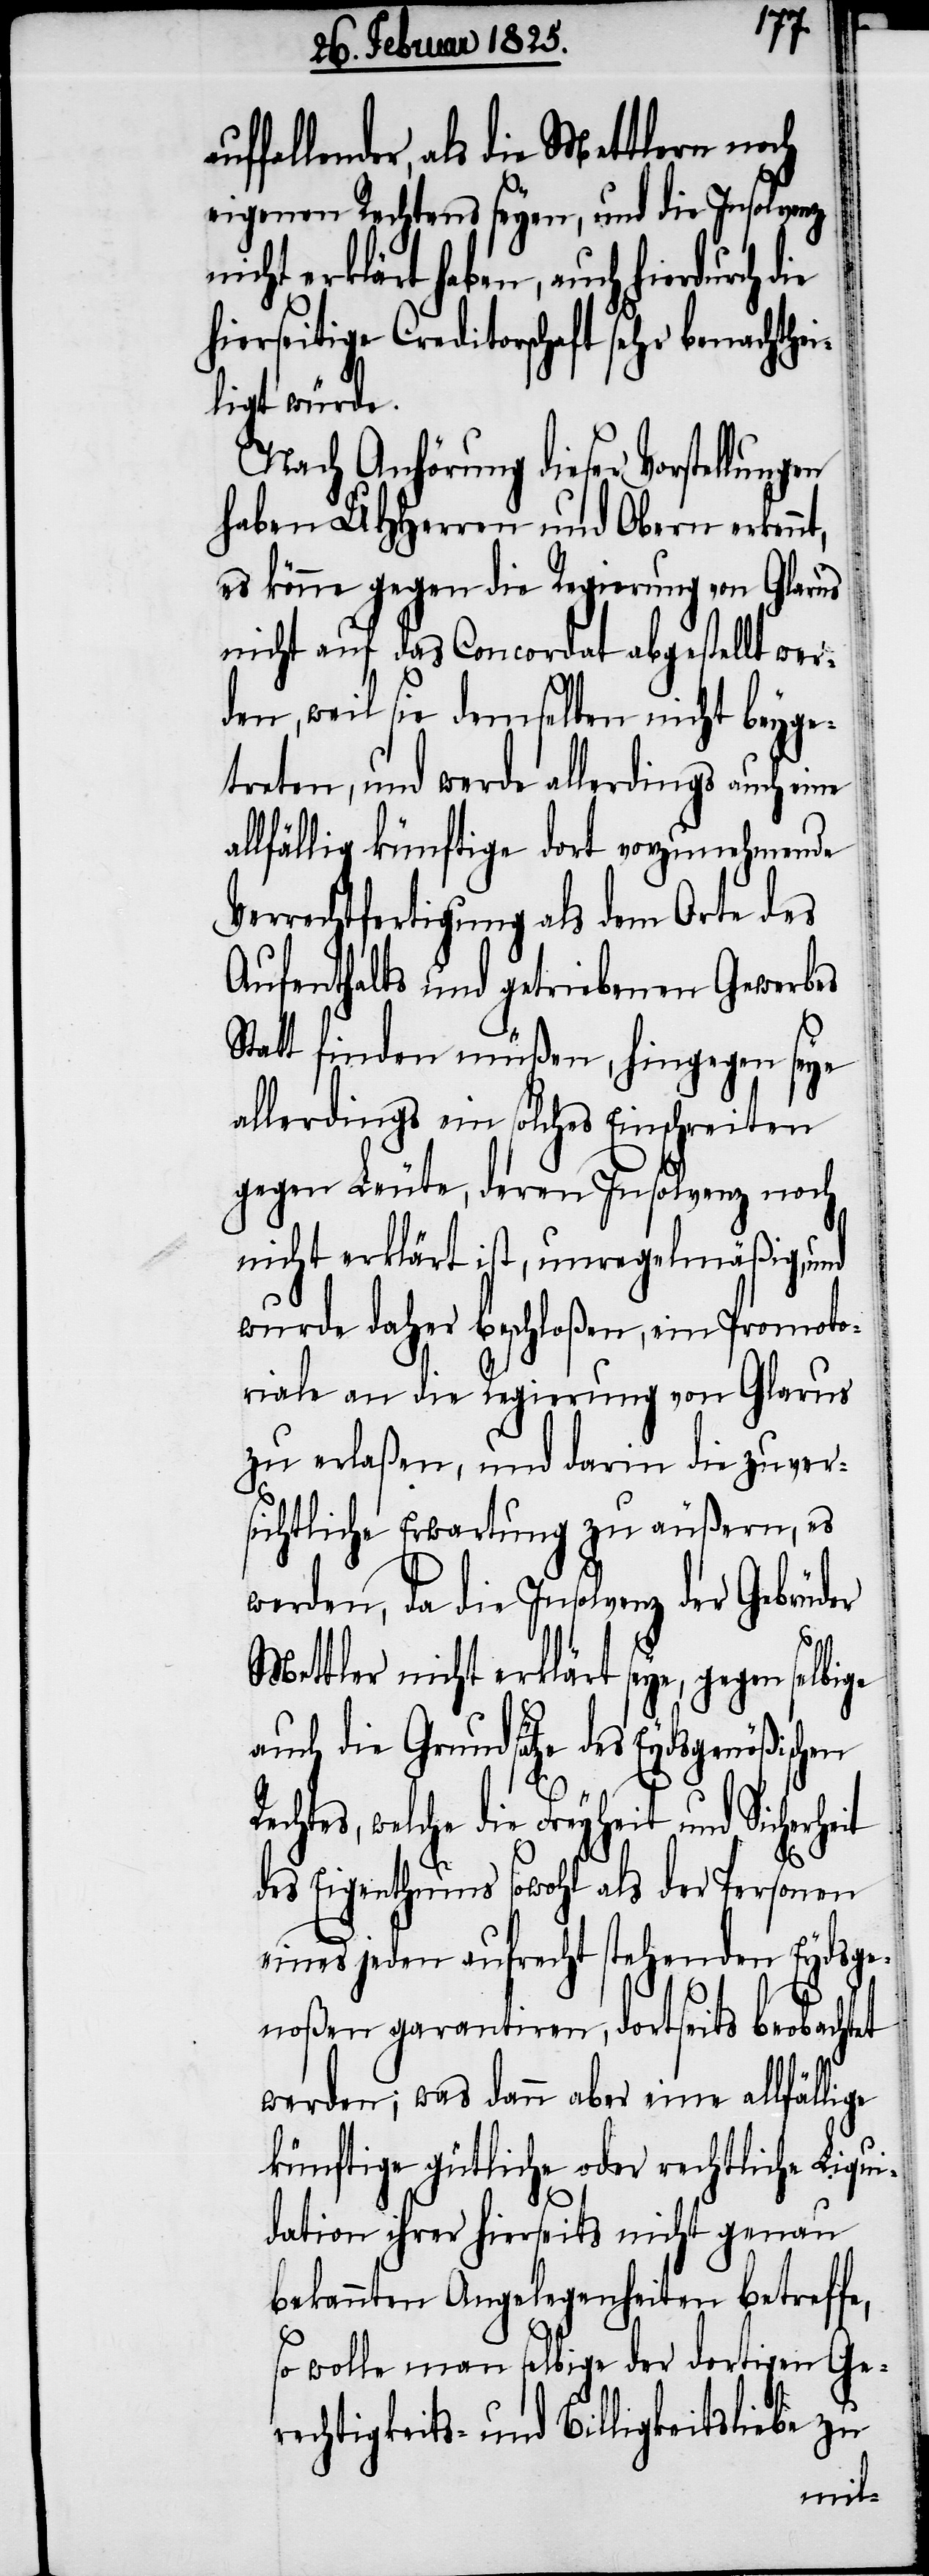
rheit
allender, als die Mettlern noch
eigenen Rechtens seyen, und die Insolvenz
icht erklärt haben, auch hierdurch
hierseitige Creditorschaft sehr benachthei¬
ligt würde.
Nach Anhörung dieser Vorstellun¬
haben UHHerren und Obern erken¬
es könne gegen die Regierung von Glarus
nicht auf das Concordat abgestellt wer¬
den, weil sie demselben nicht beyge¬
treten, und werde allerdings auch ei¬
allfällig künftige dort vorzunehmende
Verrechtfertigung als dem Orte des
Aufenthalts und getriebenen Gewerbes
Statt finden müßen, hingegen seye
allerdings ein solches Einschreiten
gegen Leute, deren Insolvenz noch
nicht erklärt ist, unregelmäßig, und
wurde daher beschloßen, ein Promoto¬
riale an die Regierung von Glarus
zu erlaßen, und darin die zuver¬
sichtliche Erwartung zu äußern, es
werden, da die Insolvenz der
Mettler nicht erklärt seye, gegen selbige
auch die Grundsätze des Eydsgenößischen
echtes, welche die Freyheit und Siche¬
des Eigenthums sowohl als der Personen
eines jeden aufrecht stehenden Eydsge¬
noßen garantiren, dortseits beobachtet
werden; was dann aber eine allfällige
künftige gütliche oder rechtliche Liqui¬
dation ihrer hierseits nicht genau
bekannten Angelegenheiten betreffe,
so wolle man selbige der dortigen Ger¬
echtigkeits- und Billigkeitsliebe zu
ne